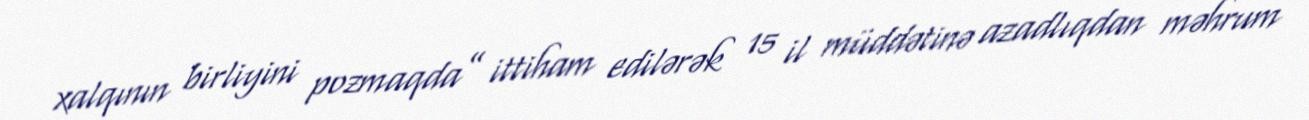
xalqının birliyini pozmaqda” ittiham edilərək 15 il müddətinə azadlıqdan məhrum